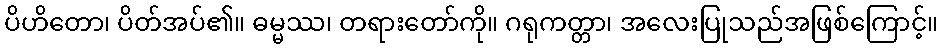
ပိဟိတော၊ ပိတ်အပ်၏။ ဓမ္မဿ၊ တရားတော်ကို။ ဂရုကတ္တာ၊ အလေးပြုသည်အဖြစ်ကြောင့်။